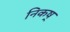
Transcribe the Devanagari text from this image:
निकष्